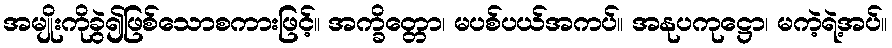
အမျိုးကိုခွဲ၍ဖြစ်သောစကားဖြင့်။ အက္ခိတ္တော၊ မပစ်ပယ်အကပ်။ အနုပကုဋ္ဌော၊ မကဲ့ရဲ့အပ်။